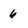
Character: 6